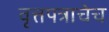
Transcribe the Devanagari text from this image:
वृत्तपत्राचेच